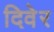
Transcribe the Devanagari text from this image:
दिवेर